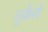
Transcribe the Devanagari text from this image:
चुकेंगे